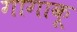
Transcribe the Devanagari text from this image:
गागाकू